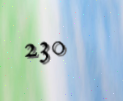
230